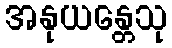
အနုယန္တေသု